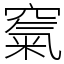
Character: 𥧔